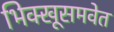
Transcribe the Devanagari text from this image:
भिक्खूसमवेत